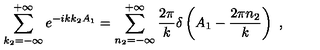
\sum _ { k _ { 2 } = - \infty } ^ { + \infty } e ^ { - i k k _ { 2 } A _ { 1 } } = \sum _ { n _ { 2 } = - \infty } ^ { + \infty } \frac { 2 \pi } { k } \delta \left( A _ { 1 } - \frac { 2 \pi n _ { 2 } } { k } \right) \ ,